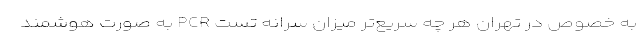
به خصوص در تهران هر چه سریع‌تر میزان سرانه تست PCR به صورت هوشمند